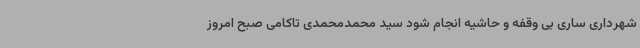
شهرداری ساری بی وقفه و حاشیه انجام شود سید محمدمحمدی تاکامی صبح امروز